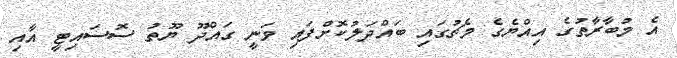
އެ މުބާރާތުގެ އިއްޔެގެ މެޗުގައި ބައްދަލުކޮށްފައި ވަނީ ގައްދޫ ޔޫތު ސޮސައިޓީ އާއި